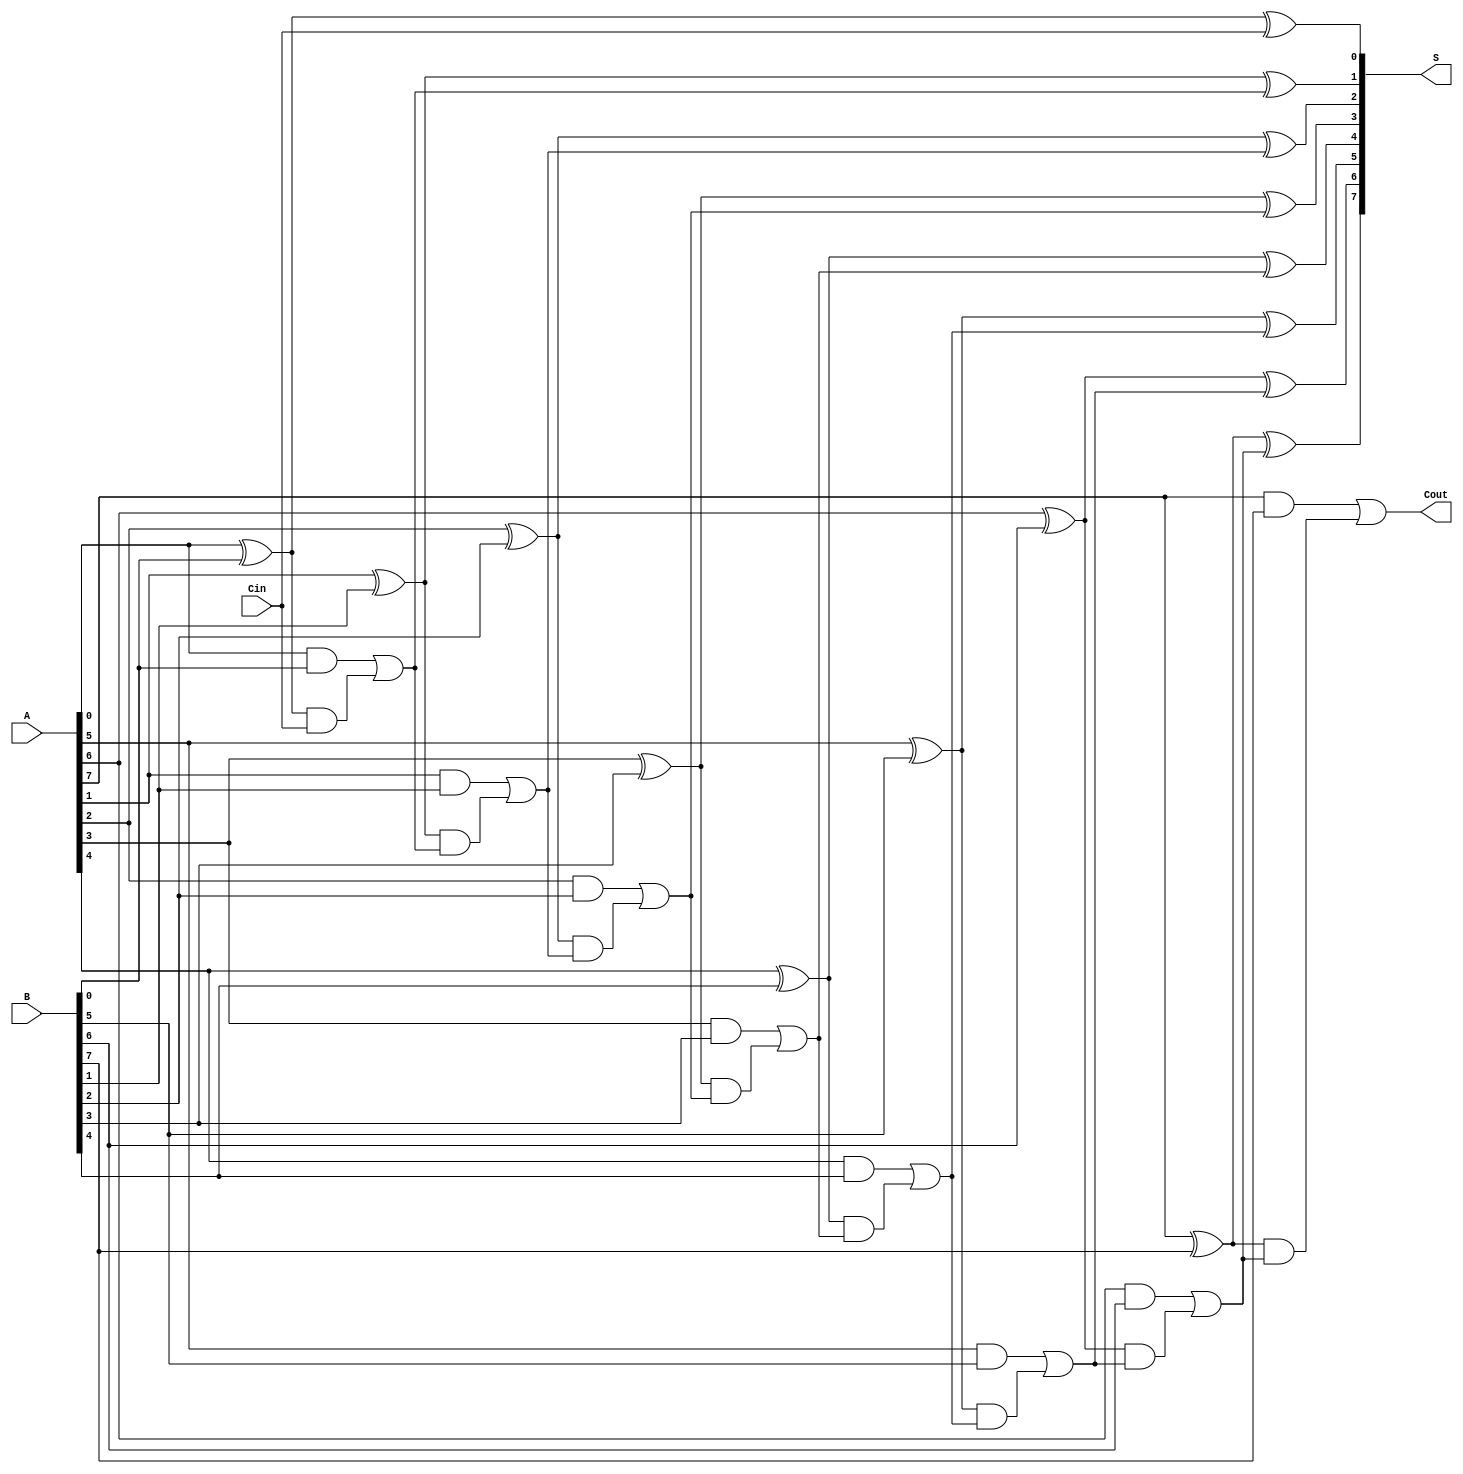
module han_carlson_adder #(parameter n = 8) (
    input  [n-1:0] A,      // First input
    input  [n-1:0] B,      // Second input
    input           Cin,    // Carry-in
    output [n-1:0] S,      // Sum output
    output          Cout     // Carry-out
);

    // Generate and propagate signals
    wire [n-1:0] G; // Generate signals
    wire [n-1:0] P; // Propagate signals
    wire [n:0] C;   // Carry signals (C[n] is the final carry-out)

    // Generate and propagate logic
    generate
        genvar i;
        for (i = 0; i < n; i = i + 1) begin : gen_prop
            assign G[i] = A[i] & B[i];      // Generate
            assign P[i] = A[i] ^ B[i];      // Propagate
        end
    endgenerate

    // Carry generation
    assign C[0] = Cin; // Initial carry-in
    generate
        for (i = 1; i <= n; i = i + 1) begin : carry_gen
            assign C[i] = G[i-1] | (P[i-1] & C[i-1]); // Carry-out logic
        end
    endgenerate

    // Sum computation
    generate
        for (i = 0; i < n; i = i + 1) begin : sum_comp
            assign S[i] = P[i] ^ C[i]; // Sum
        end
    endgenerate

    // Final carry-out
    assign Cout = C[n];

endmodule